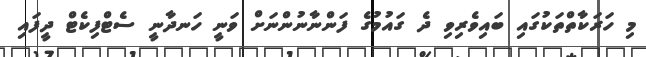
މި ހަރަކާތްތަކުގައި ބައިވެރިވި ދެ ގައުމުގެ ފަންނާނުންނަށް ވަނީ ހަނދާނީ ސެޓްފިކެޓް ދީފައި